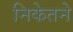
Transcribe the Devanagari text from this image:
निकेतने